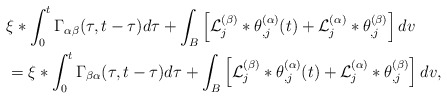
\begin{align*} & \xi*\int_{0}^{t}\Gamma_{\alpha\beta}(\tau,t-\tau)d\tau+\int_{B}\left[{\cal L}_{j}^{(\beta)}*\theta_{,j}^{(\alpha)}(t)+{\cal L}_{j}^{(\alpha)}*\theta_{,j}^{(\beta)}\right]dv\\ & =\xi*\int_{0}^{t}\Gamma_{\beta\alpha}(\tau,t-\tau)d\tau+\int_{B}\left[{\cal L}_{j}^{(\beta)}*\theta_{,j}^{(\alpha)}(t)+{\cal L}_{j}^{(\alpha)}*\theta_{,j}^{(\beta)}\right]dv,\end{align*}